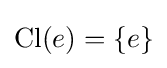
\operatorname {Cl} (e)=\{e\}